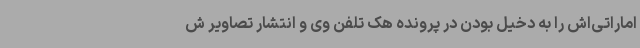
اماراتی‌اش را به دخیل بودن در پرونده هک تلفن وی و انتشار تصاویر ش